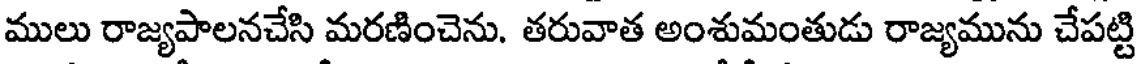
ములు రాజ్యపాలనచేసి మరణించెను. తరువాత అంశుమంతుడు రాజ్యమును చేపట్టి